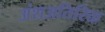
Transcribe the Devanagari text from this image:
अंशअतिरिक्त